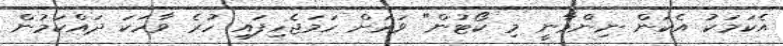
އެކަމަކު އެކަން ނިންމާނީ މި ކޯޓުން" ވަރަށް ހަމަޖެހިފައި ހުރެ ވާހަކަ ދައްކަމުން